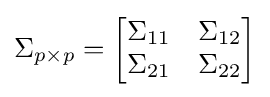
\Sigma _{p\times p}={\begin{bmatrix}\Sigma _{11}&\Sigma _{12}\\\Sigma _{21}&\Sigma _{22}\end{bmatrix}}